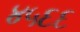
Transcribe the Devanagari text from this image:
४५६६